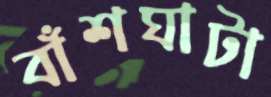
বাঁশঘাটা